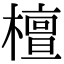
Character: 檀